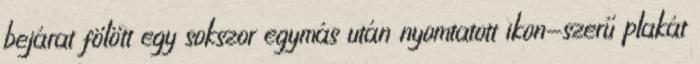
bejárat fölött egy sokszor egymás után nyomtatott ikon-szerű plakát